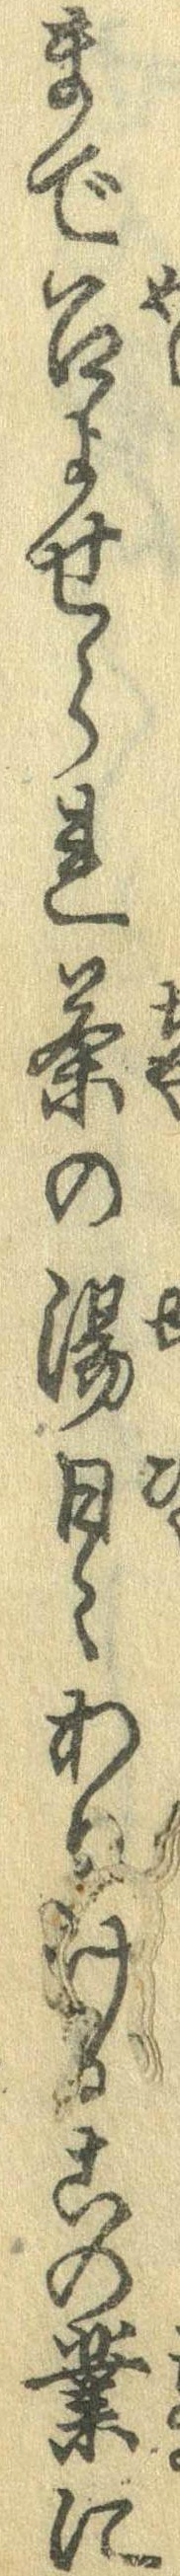
まで召よせられ茶の湯日々ありけるこの業に